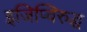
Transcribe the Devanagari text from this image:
इजिप्विरुद्ध